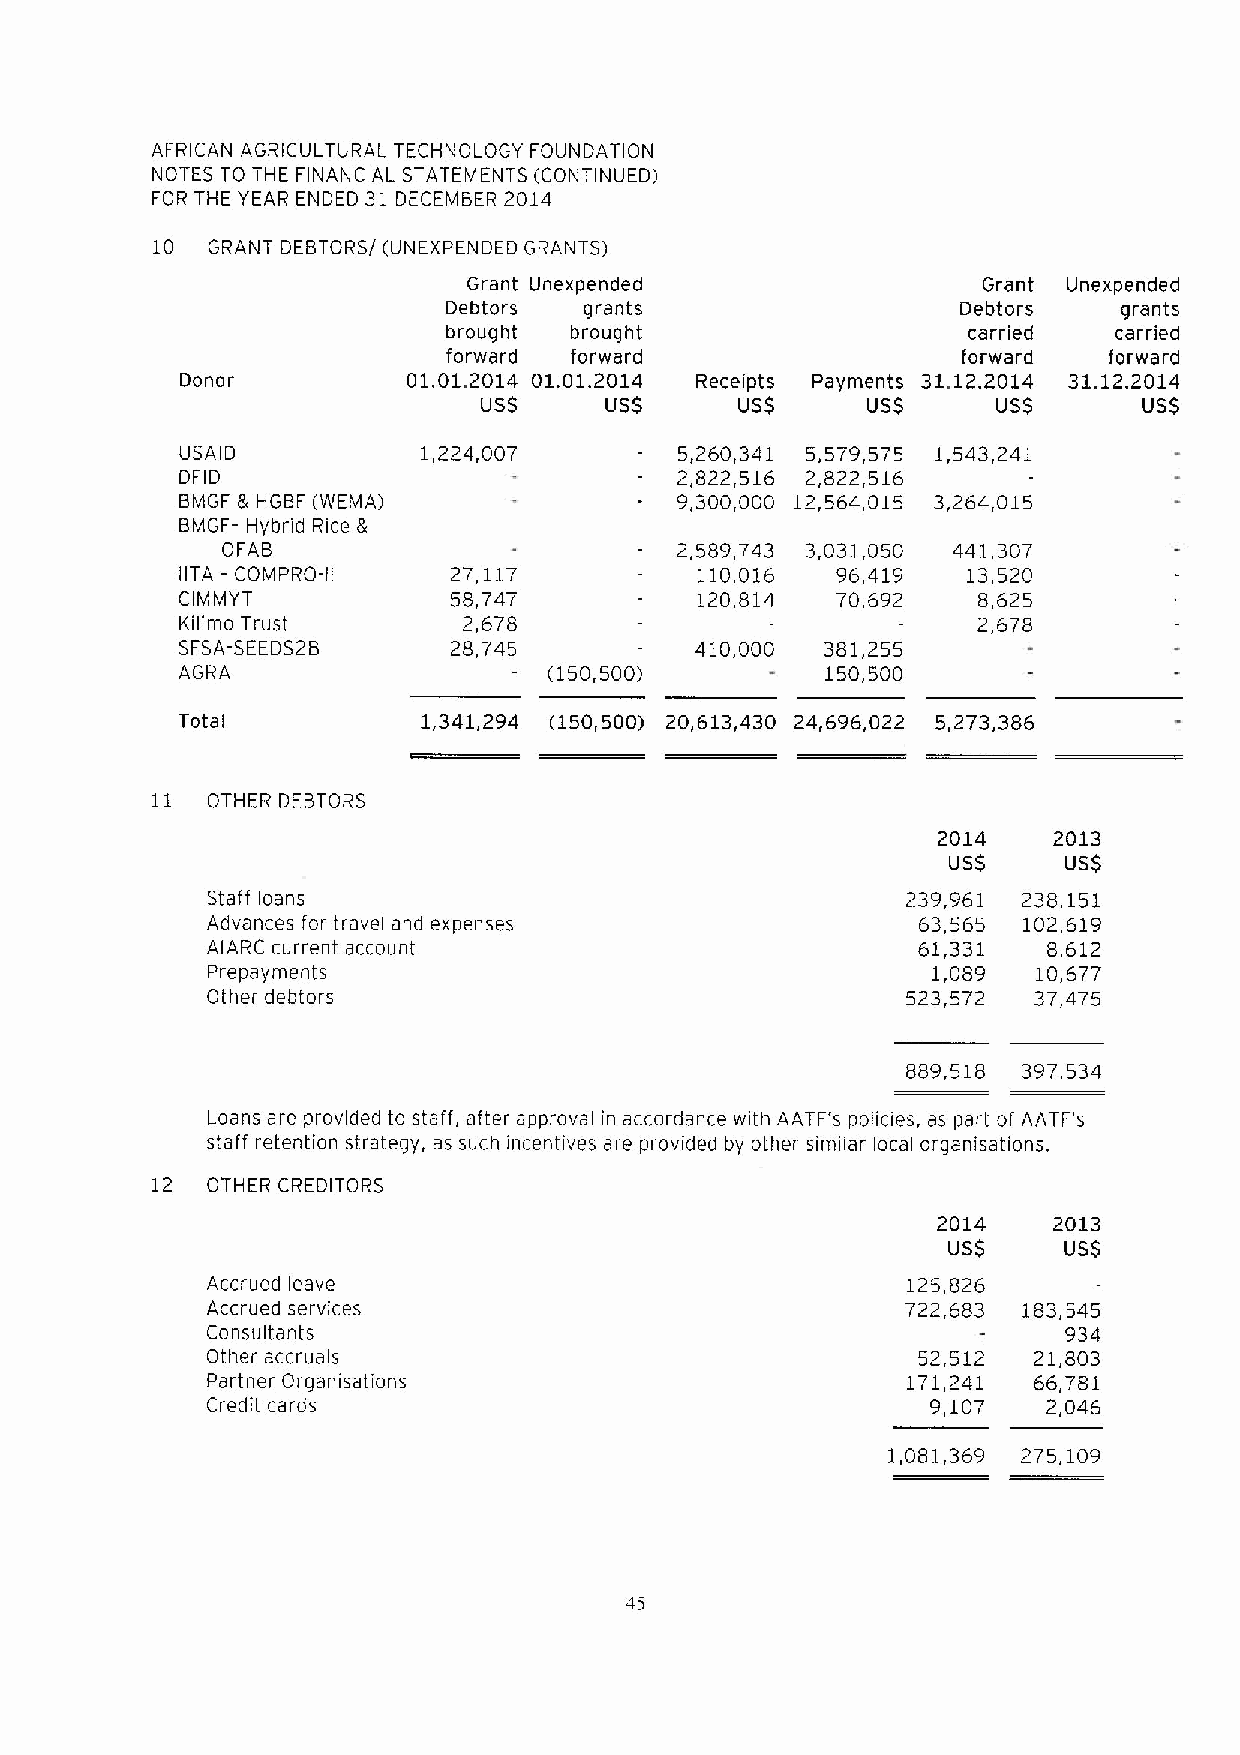
AFRICAN AGRICULTURAL TECHNOLOGY FOUNDATION
 NOTES TO THE FINANCIAL STATEMENTS (CONTINUED)
 FOR THE YEAR ENDED 31 DECEMBER 2014
 10  GRANT DEBTORS/(UNEXPENDED GRANTS)
 Grant Unexpended                  Grant Unexpended
 Debtors   grants                   Debtors   grants
 brought brought                   carried   carried
 forward forward                   forward  forward
 Donor          01.01.2014 01.01.2014 Receipts Payments 31.12.2014 31.12.2014
 USS     USS      USS     USS      USS       USS
 US A ID         1,224,007        5,260,341 5,579,575 1,543,241
 DF ID                            2,822,516 2,822,516
 BMGF 8 HGBF (WEMA)               9,300,000 12,564,015 3,264,015
 BMGF- Hybrid Rice It
 OFAB                          2,589,743 3,031,050 441,307
 IITA —COMPRO-II   27,117          110,016  96,419   13,520
 CIMMYT            58,747          120,814  70,692    8,625
 Kilimo Trust       2,678                             2,678
 SFSA-SEEDS28      28,745          410,000  381,255
 AGRA                    (150,500)          150,500
 Total           1,341,294 (150,500) 20,613,430 24,696,022 5,273,386
 11  OTHER DEBTORS
 2014    2013
 USS     USS
 Staff loans                                   239,961 238,151
 Advances for travel and expenses               63,565 102,619
 AIARC current account                          61,331  8,612
 Prepayments                                     1,089  10,677
 Other debtors                                 523,572 37,475
 889,518 397,534
 Loans are provided to staff, after approval in accordance with AATF's policies, as part of AATI 's
 staff retention strategy, as such incentives are provided by other similar local organisations.
 12  OTHER CREDITORS
 2014    2013
 USS    USS
 Accrued leave                                 125,826
 Accrued services                              722,683 183,545
 Consultants                                              934
 Other accruals                                 52,512 21,803
 Partner Organisations                         171,241 66,781
 Credit cards                                    9,107  2,046
 1,081,369 275,109